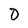
Character: O